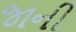
જાની